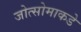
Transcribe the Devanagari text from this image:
जोत्सोमाकडे